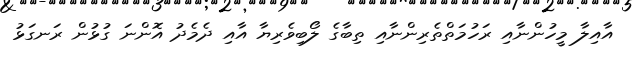
އާއިލާ މީހުންނާއި ރަހުމަތްތެރިންނާއި ތިބާގެ ލޯބިވެރިޔާ އާއި ދެމެދު އޮންނަ ގުޅުން ރަނގަޅު